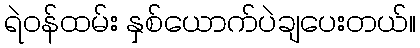
ရဲဝန်ထမ်း နှစ်ယောက်ပဲချပေးတယ်။